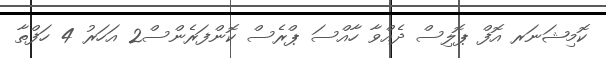
ކޮމިޝަނަރ އޮފް ޕޮލިސް ދެއްވާ ހާއްސަ ޕްރެސް ކޮންފަރެންސް2 އަހަރު 4 ހަފްތާ